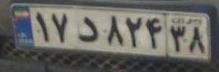
۱۷د۸۲۴۳۸